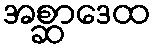
အစ္ဆာဒေထ